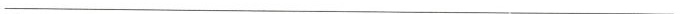
___